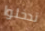
تدخلوا